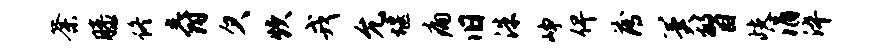
荼膝佟爵欠炊戎允堰痛旧洙峥俾薄冀瞥歧涓淬